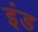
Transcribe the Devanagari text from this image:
इंड